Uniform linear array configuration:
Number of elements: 8
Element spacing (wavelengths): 1
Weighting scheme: hamming
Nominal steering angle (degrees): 30
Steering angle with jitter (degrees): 31.329
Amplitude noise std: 0.05
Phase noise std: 0.05

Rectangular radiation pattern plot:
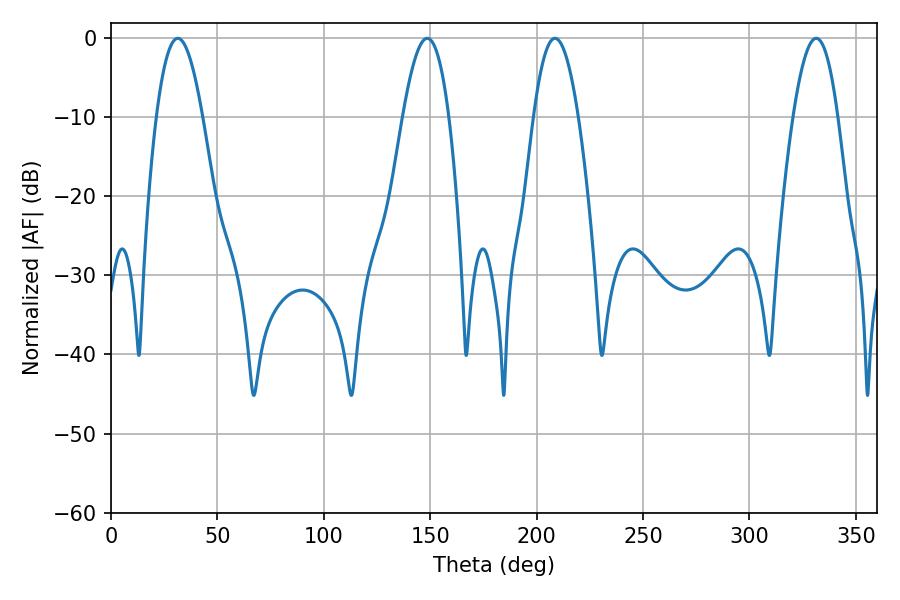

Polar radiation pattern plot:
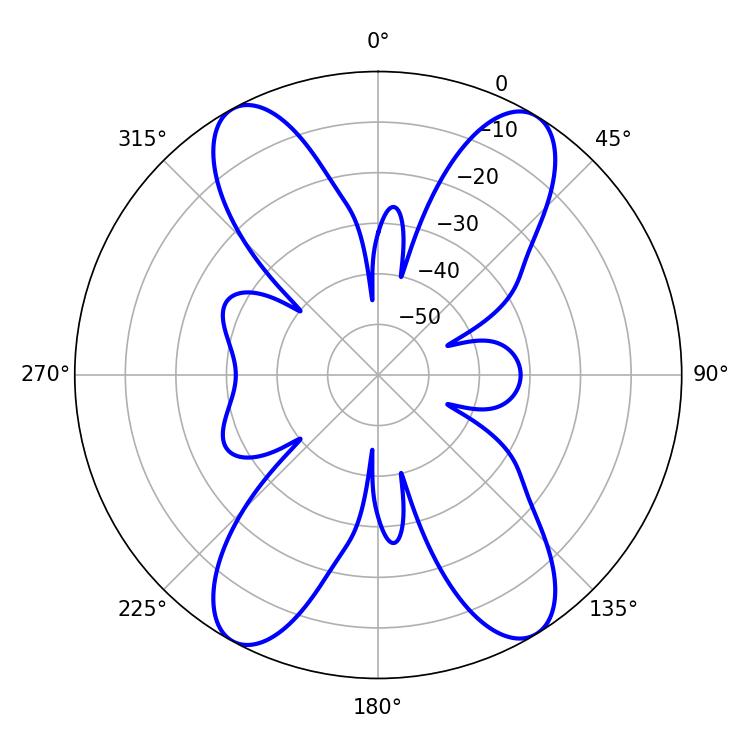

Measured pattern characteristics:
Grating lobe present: TRUE
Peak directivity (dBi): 18.762
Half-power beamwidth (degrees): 11.52
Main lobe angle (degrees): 208.62